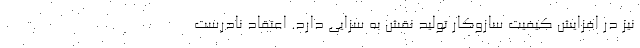
نیز در افزایش کیفیت سازوکار تولید نقش به سزایی دارد. اعتقاد نادرست